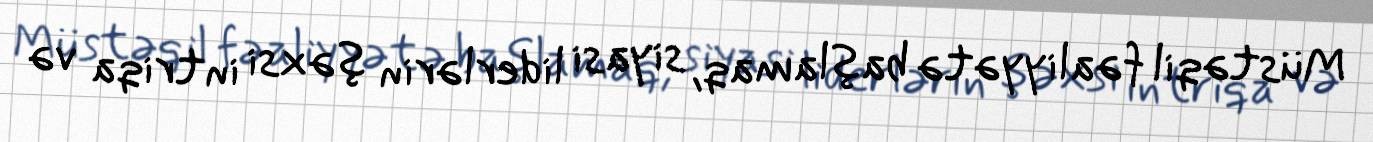
Müstəqil fəaliyyətə başlamaq, siyasi liderlərin şəxsi intriqa və